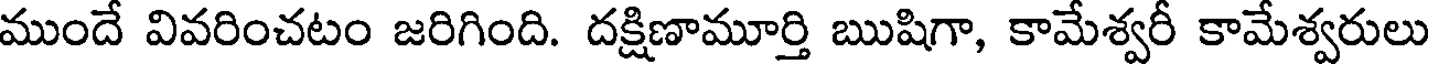
ముందే వివరించటం జరిగింది. దక్షిణామూర్తి ఋషిగా, కామేశ్వరీ కామేశ్వరులు